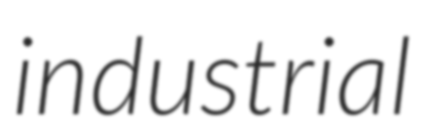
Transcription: industrial